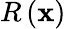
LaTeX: R\left(\mathbf{x}\right)